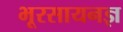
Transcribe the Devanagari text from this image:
भूरसायनज्ञ